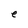
Character: e